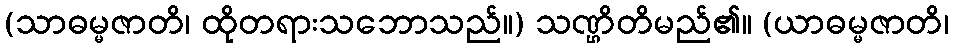
(သာဓမ္မဇာတိ၊ ထိုတရားသဘောသည်။) သဏ္ဌိတိမည်၏။ (ယာဓမ္မဇာတိ၊